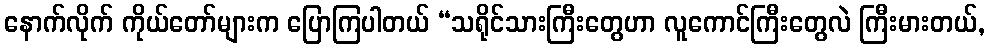
နောက်လိုက် ကိုယ်တော်များက ပြောကြပါတယ် “သရိုင်သားကြီးတွေဟာ လူကောင်ကြီးတွေလဲ ကြီးမားတယ်,